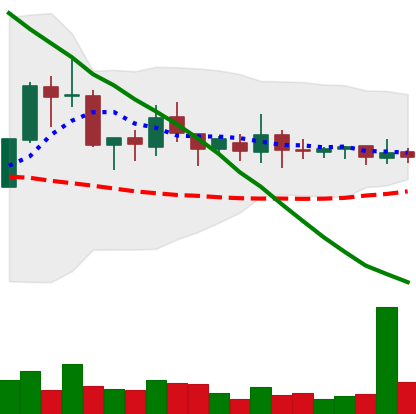
Ticker: XMR-USD
Chart end date: 2018-10-09
Forward return: -11.231%
Label: down_7plus